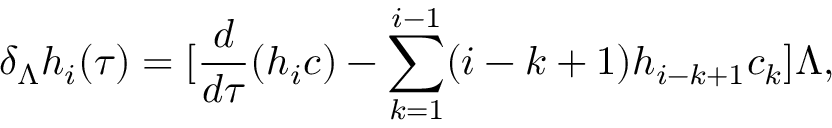
\delta _ { \Lambda } h _ { i } ( \tau ) = [ \frac { d } { d \tau } ( h _ { i } c ) - \sum _ { k = 1 } ^ { i - 1 } ( i - k + 1 ) h _ { i - k + 1 } c _ { k } ] \Lambda ,